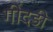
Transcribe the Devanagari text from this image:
गींदड़ी